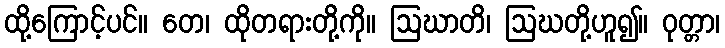
ထို့ကြောင့်ပင်။ တေ၊ ထိုတရားတို့ကို။ ဩဃာတိ၊ ဩဃတို့ဟူ၍။ ဝုတ္တာ၊